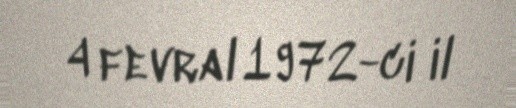
4 fevral 1972-ci il